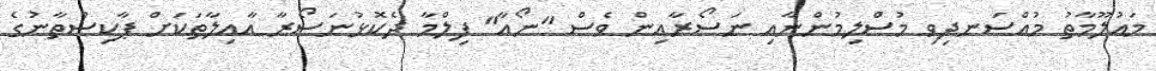
މައުލޫމާތު މުއްސަނދިވި މުސްލިމުންނާއި ނަސޯރާއިން ވެސް "ނޯއާ" ފިލްމާ ދެކޮޅުނަސޯރާ އާއިލާތަކަށް ޕާކިސްތާނުގެ